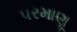
પરમાણૂ